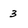
Character: 3